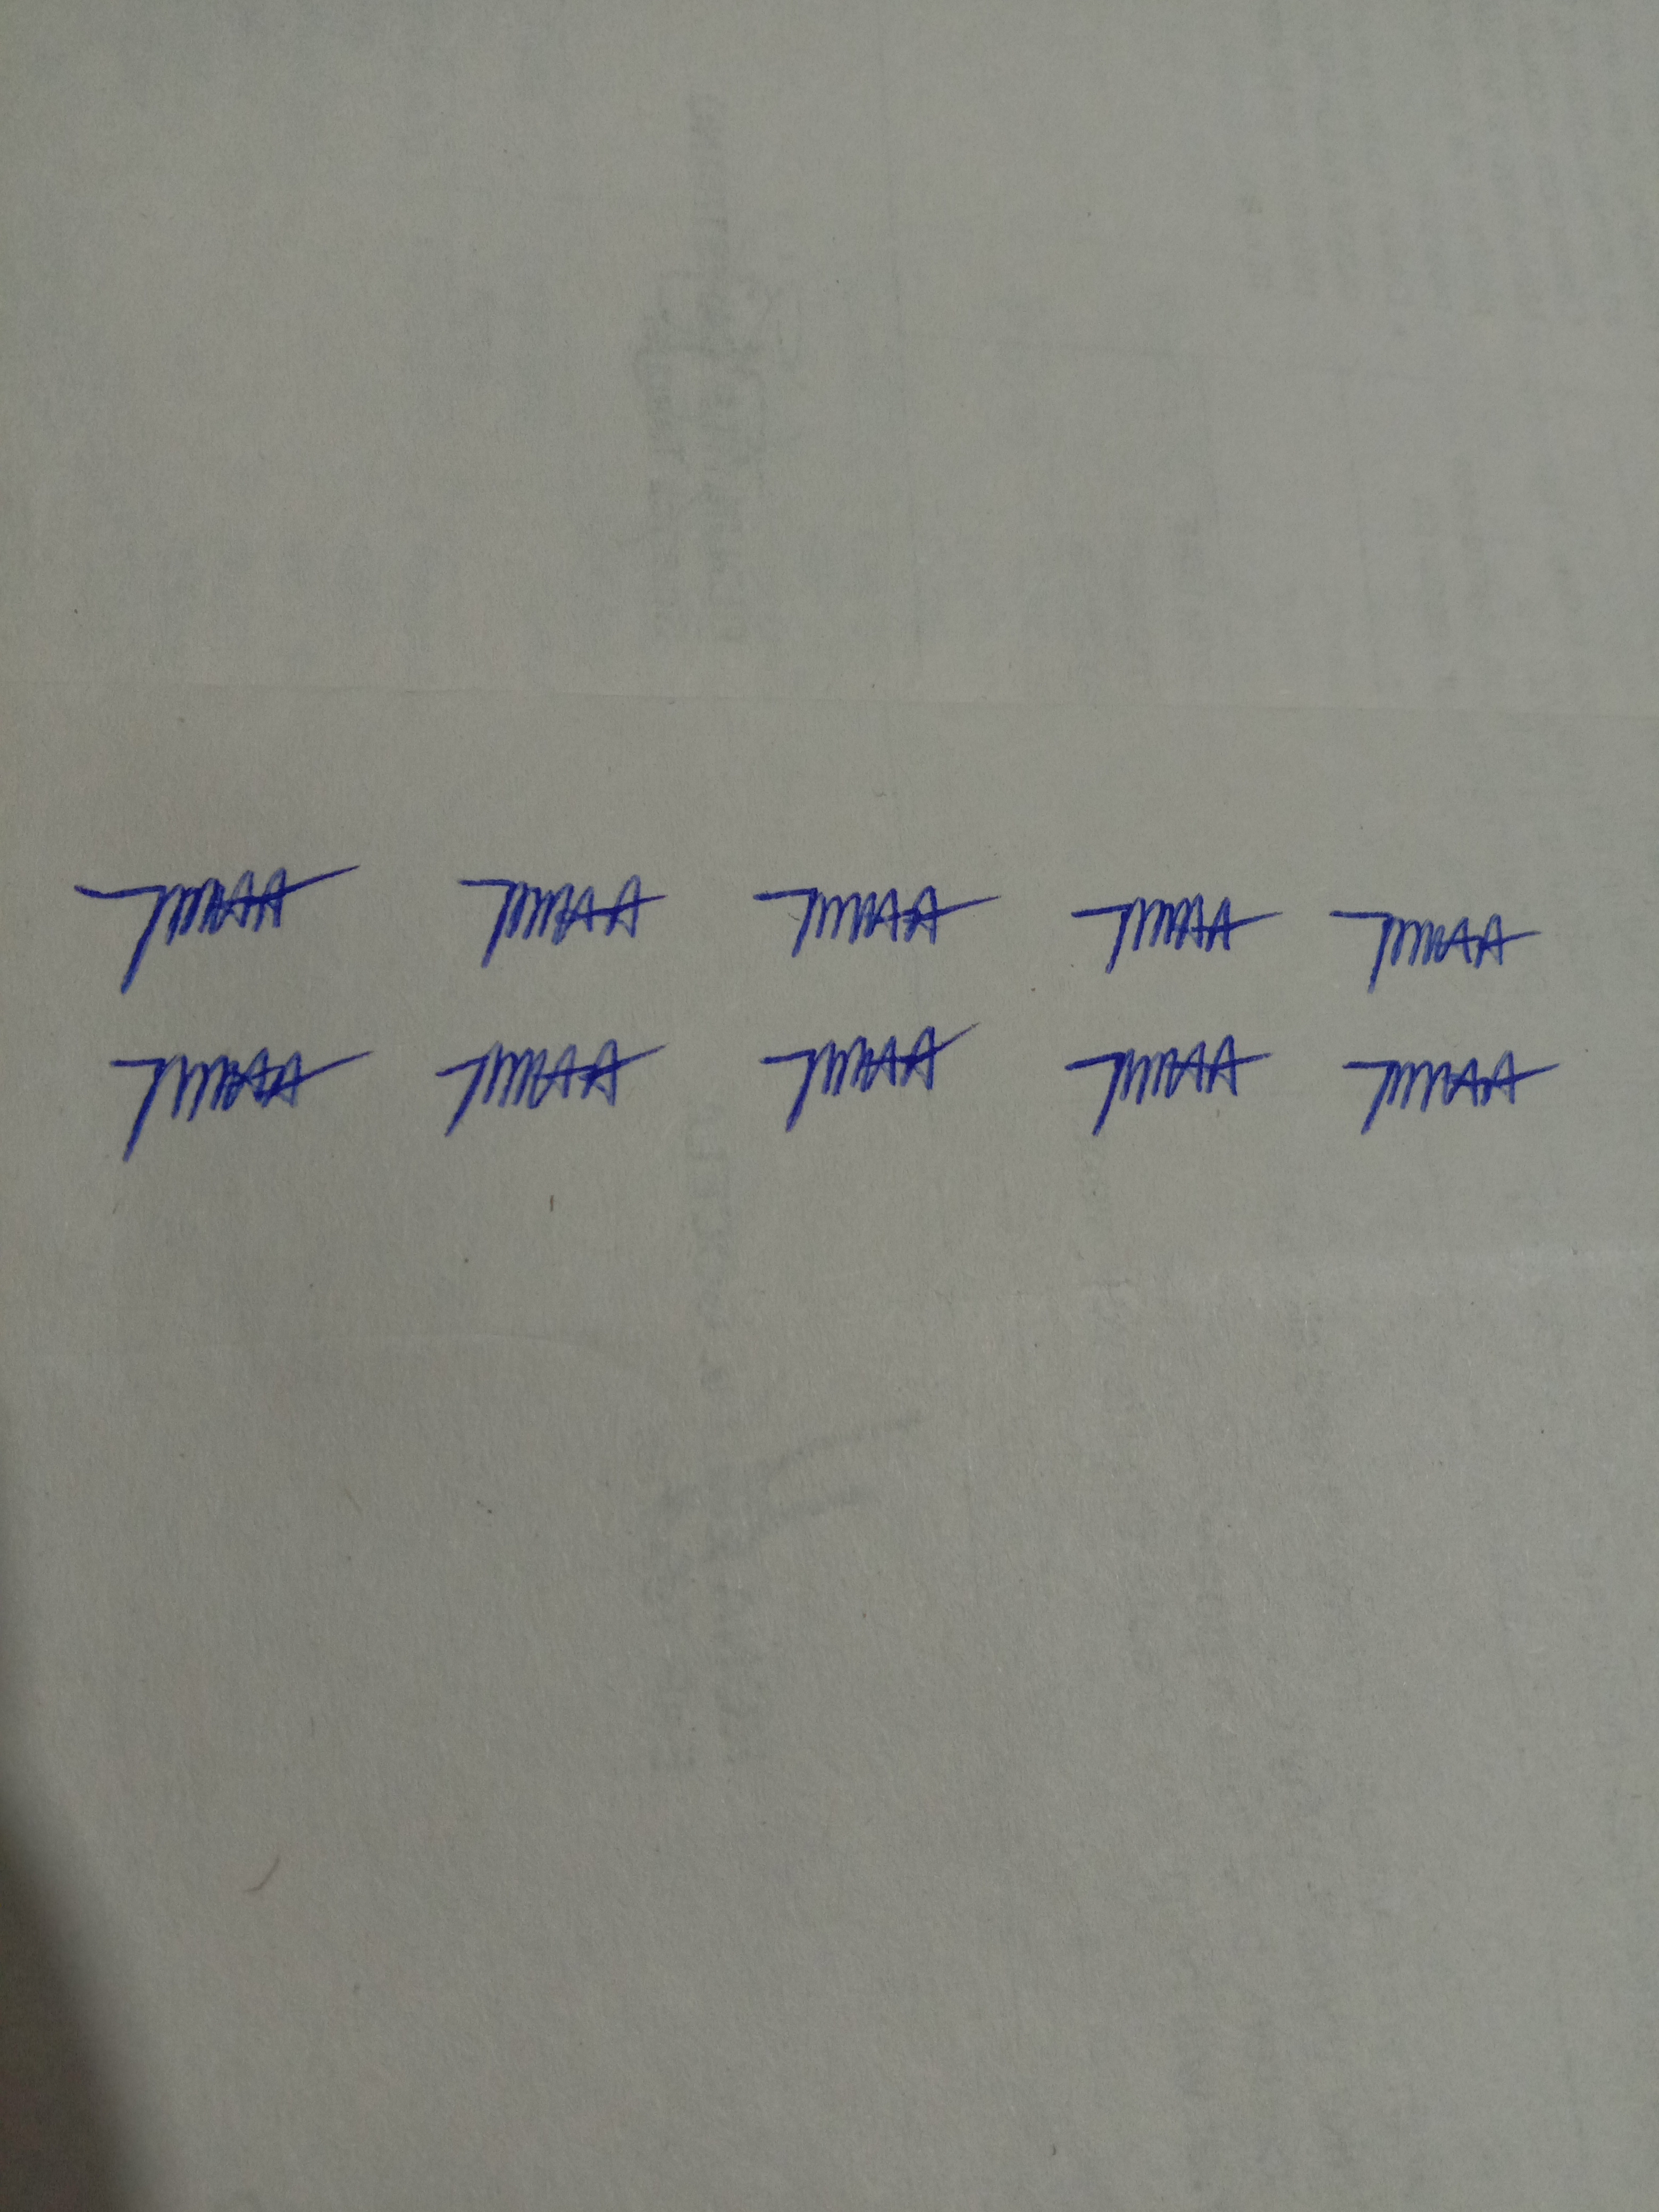
Signature authenticity: genuine